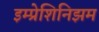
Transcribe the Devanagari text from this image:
इम्प्रेशिनिझम